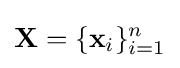
\mathbf {X} =\{\mathbf {x} _{i}\}_{i=1}^{n}